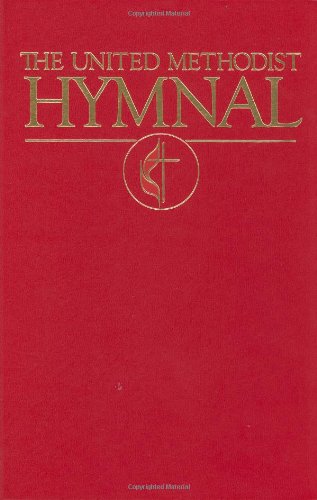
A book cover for United Methodist Hymnal Book of United Methodist Worship: Pew Bright Red; Not Available (NA); Christian Books & Bibles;